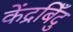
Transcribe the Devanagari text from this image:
केंद्रबिँदु